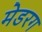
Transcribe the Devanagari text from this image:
मेडरग